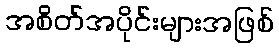
အစိတ်အပိုင်းများအဖြစ်